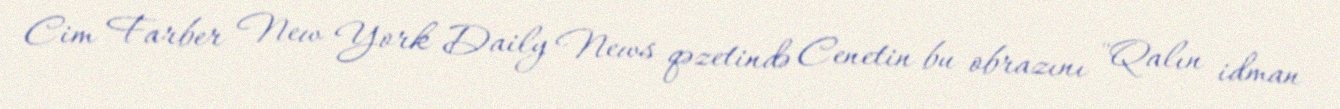
Cim Farber New York Daily News qəzetində Cenetin bu obrazını "Qalın idman